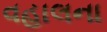
વહાલના